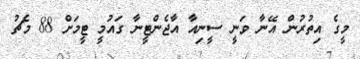
މީގެ އިތުރުން އޭނާ ވަނީ ސީނިއާ އާޖެންޓީނާ ގައުމީ ޓީމަށް 88 މެޗު